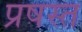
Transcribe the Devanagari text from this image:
प्रषस्त